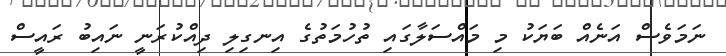
ނަމަވެސް އަނެއް ބަޔަކު މި މައްސަލާގައި ތުހުމަތުގެ އިނގިލި ދިއްކުރަނީ ނައިބު ރައީސް